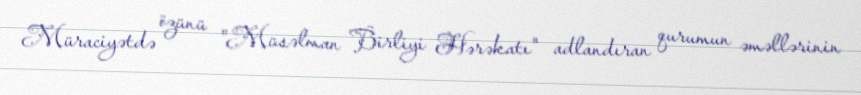
Müraciyətdə özünü "Müsəlman Birliyi Hərəkatı" adlandıran qurumun əməllərinin